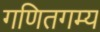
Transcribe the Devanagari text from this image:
गणितगम्य